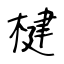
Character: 楗